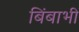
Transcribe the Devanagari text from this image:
बिंबाभी